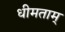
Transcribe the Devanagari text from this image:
धीमताम्‌